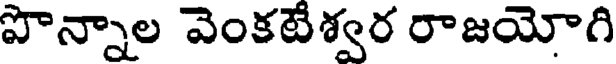
పొన్నాల వెంకటేశ్వర రాజయోగి